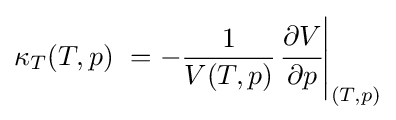
\kappa _{T}(T,p)\ =-{\frac {1}{V(T,p)}}{\left.{\cfrac {\partial V}{\partial p}}\right|_{(T,p)}}